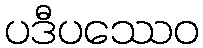
ပဒီပဿေဝ